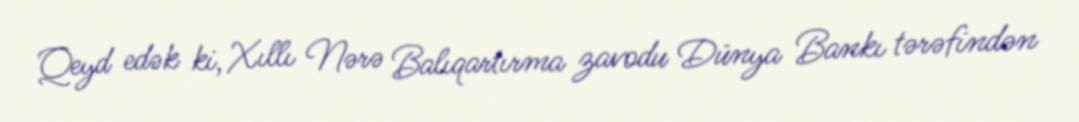
Qeyd edək ki, Xıllı Nərə Balıqartırma zavodu Dünya Bankı tərəfindən